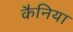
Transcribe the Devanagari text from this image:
कैनिया